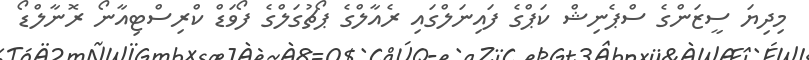
މިދިޔަ ސީޒަންގެ ސްޕެނިޝް ކަޕްގެ ފައިނަލްގައި ރެއާލްގެ ޕޯޗުގަލްގެ ފޯވަޑް ކްރިސްޓިއާނޯ ރޮނާލްޑޯ